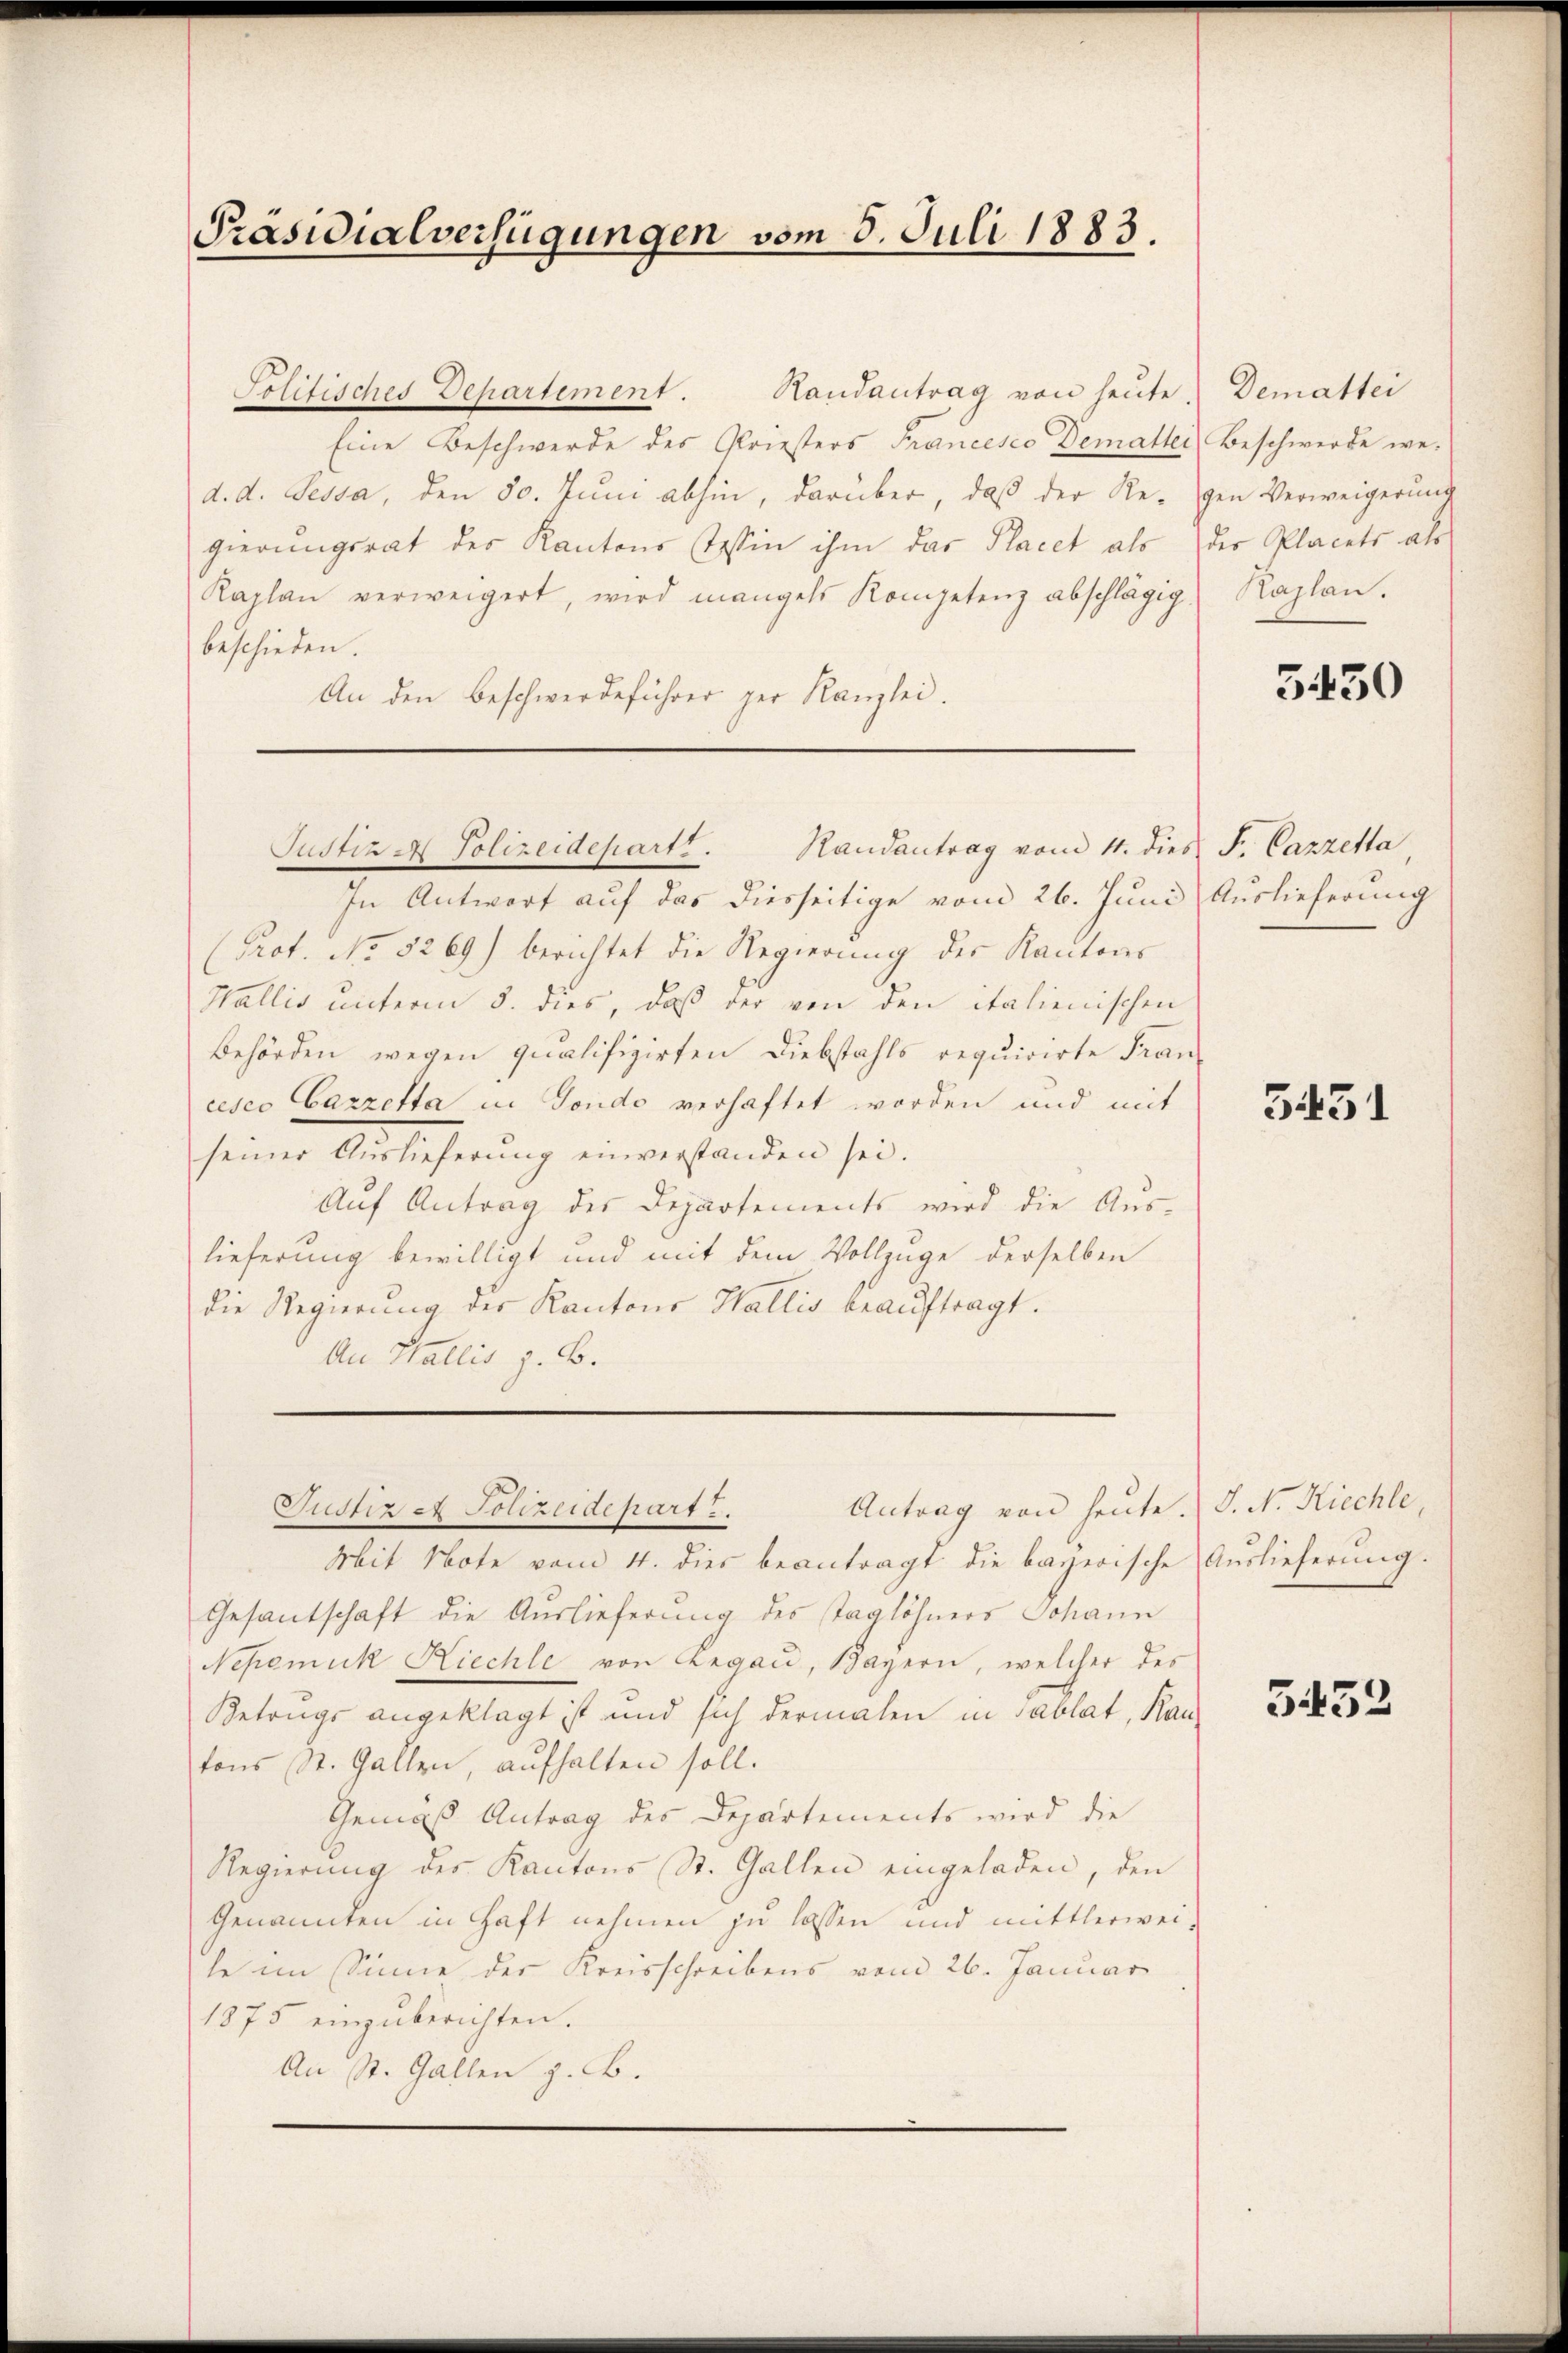
Präsidialverfügungen vom 8. Juli 1883.

Politisches Departement. Handantrag von heŭte. Demattei
Eine Beschwerde des Griesters Francesco Demattei
d. d. Tessa, den 50. Jŭni abhin, darüber, daß der Regen Verweigerŭng
gierungsrat des Kantons Tessin ihm das Placet als der Placets als
Kaplan verweigert, wird mangels Kompetenz abschlägig.
beschieden.
An den Beschwerdeführer per Kanzlei.

Justiz & Polizeidepartt. Handantrag vom 4. dies F. Cazzetta
In Antwort auf das diesseitige vom 26. Juni Auslieferung
Prot. No 5269) berichtet die Regierung des Kantons
Wallis unterm 5. dies, daß der von den italienischen
Behörden wegen qualifizirten Diebstahls requirirte Fran-
cesco Cazzetta in Fondo verhaftet worden und mit
seiner Auslieferung einverstanden sei.
Aŭf Antrag des Departements wird die Aŭs-
lieferung bewilligt und mit dem Vollzuge derselben
die Regierŭng der Kantons Wallis beaŭftragt.
An Wallis z. B.
Antrag von heute.
Mit Note vom 4. dies beantragt die bayerische Auslieferŭng.
Gesantschaft die Auslieferung des Taglöhners Johann
Nepomuk Niechle von Legau, Bayern, welcher des
Betrugs angeklagt ist und sich dermalen in Tablat, Kan-
tons St. Gallen, aufhalten soll.
Gemäß Antrag des Departements wird die
Regierung des Kantons St. Gallen eingeladen, den
Genannten in Haft nehmen zu lassen und mittlerwei-
le im Sinne der Kreisschreibens vom 26. Januar
1875 einzŭberichten.
An St. Gallen z. B.

Justiz a Polizeidepart.

Beschwerde we¬
Kaplan.

3430

3431

J. N. Kiechte,

5452